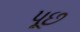
પૂછ